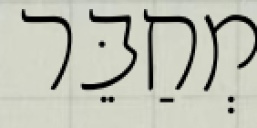
מְחַבֵּר